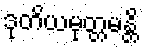
ဒုတိယမုတ္တမန္တိ